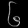
Digit: ၆